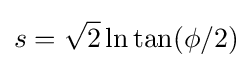
s={\sqrt {2}}\ln \tan(\phi /2)